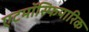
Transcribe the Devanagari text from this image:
एटमॉस्फियारिक